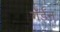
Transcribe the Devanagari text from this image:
गॅर्डन